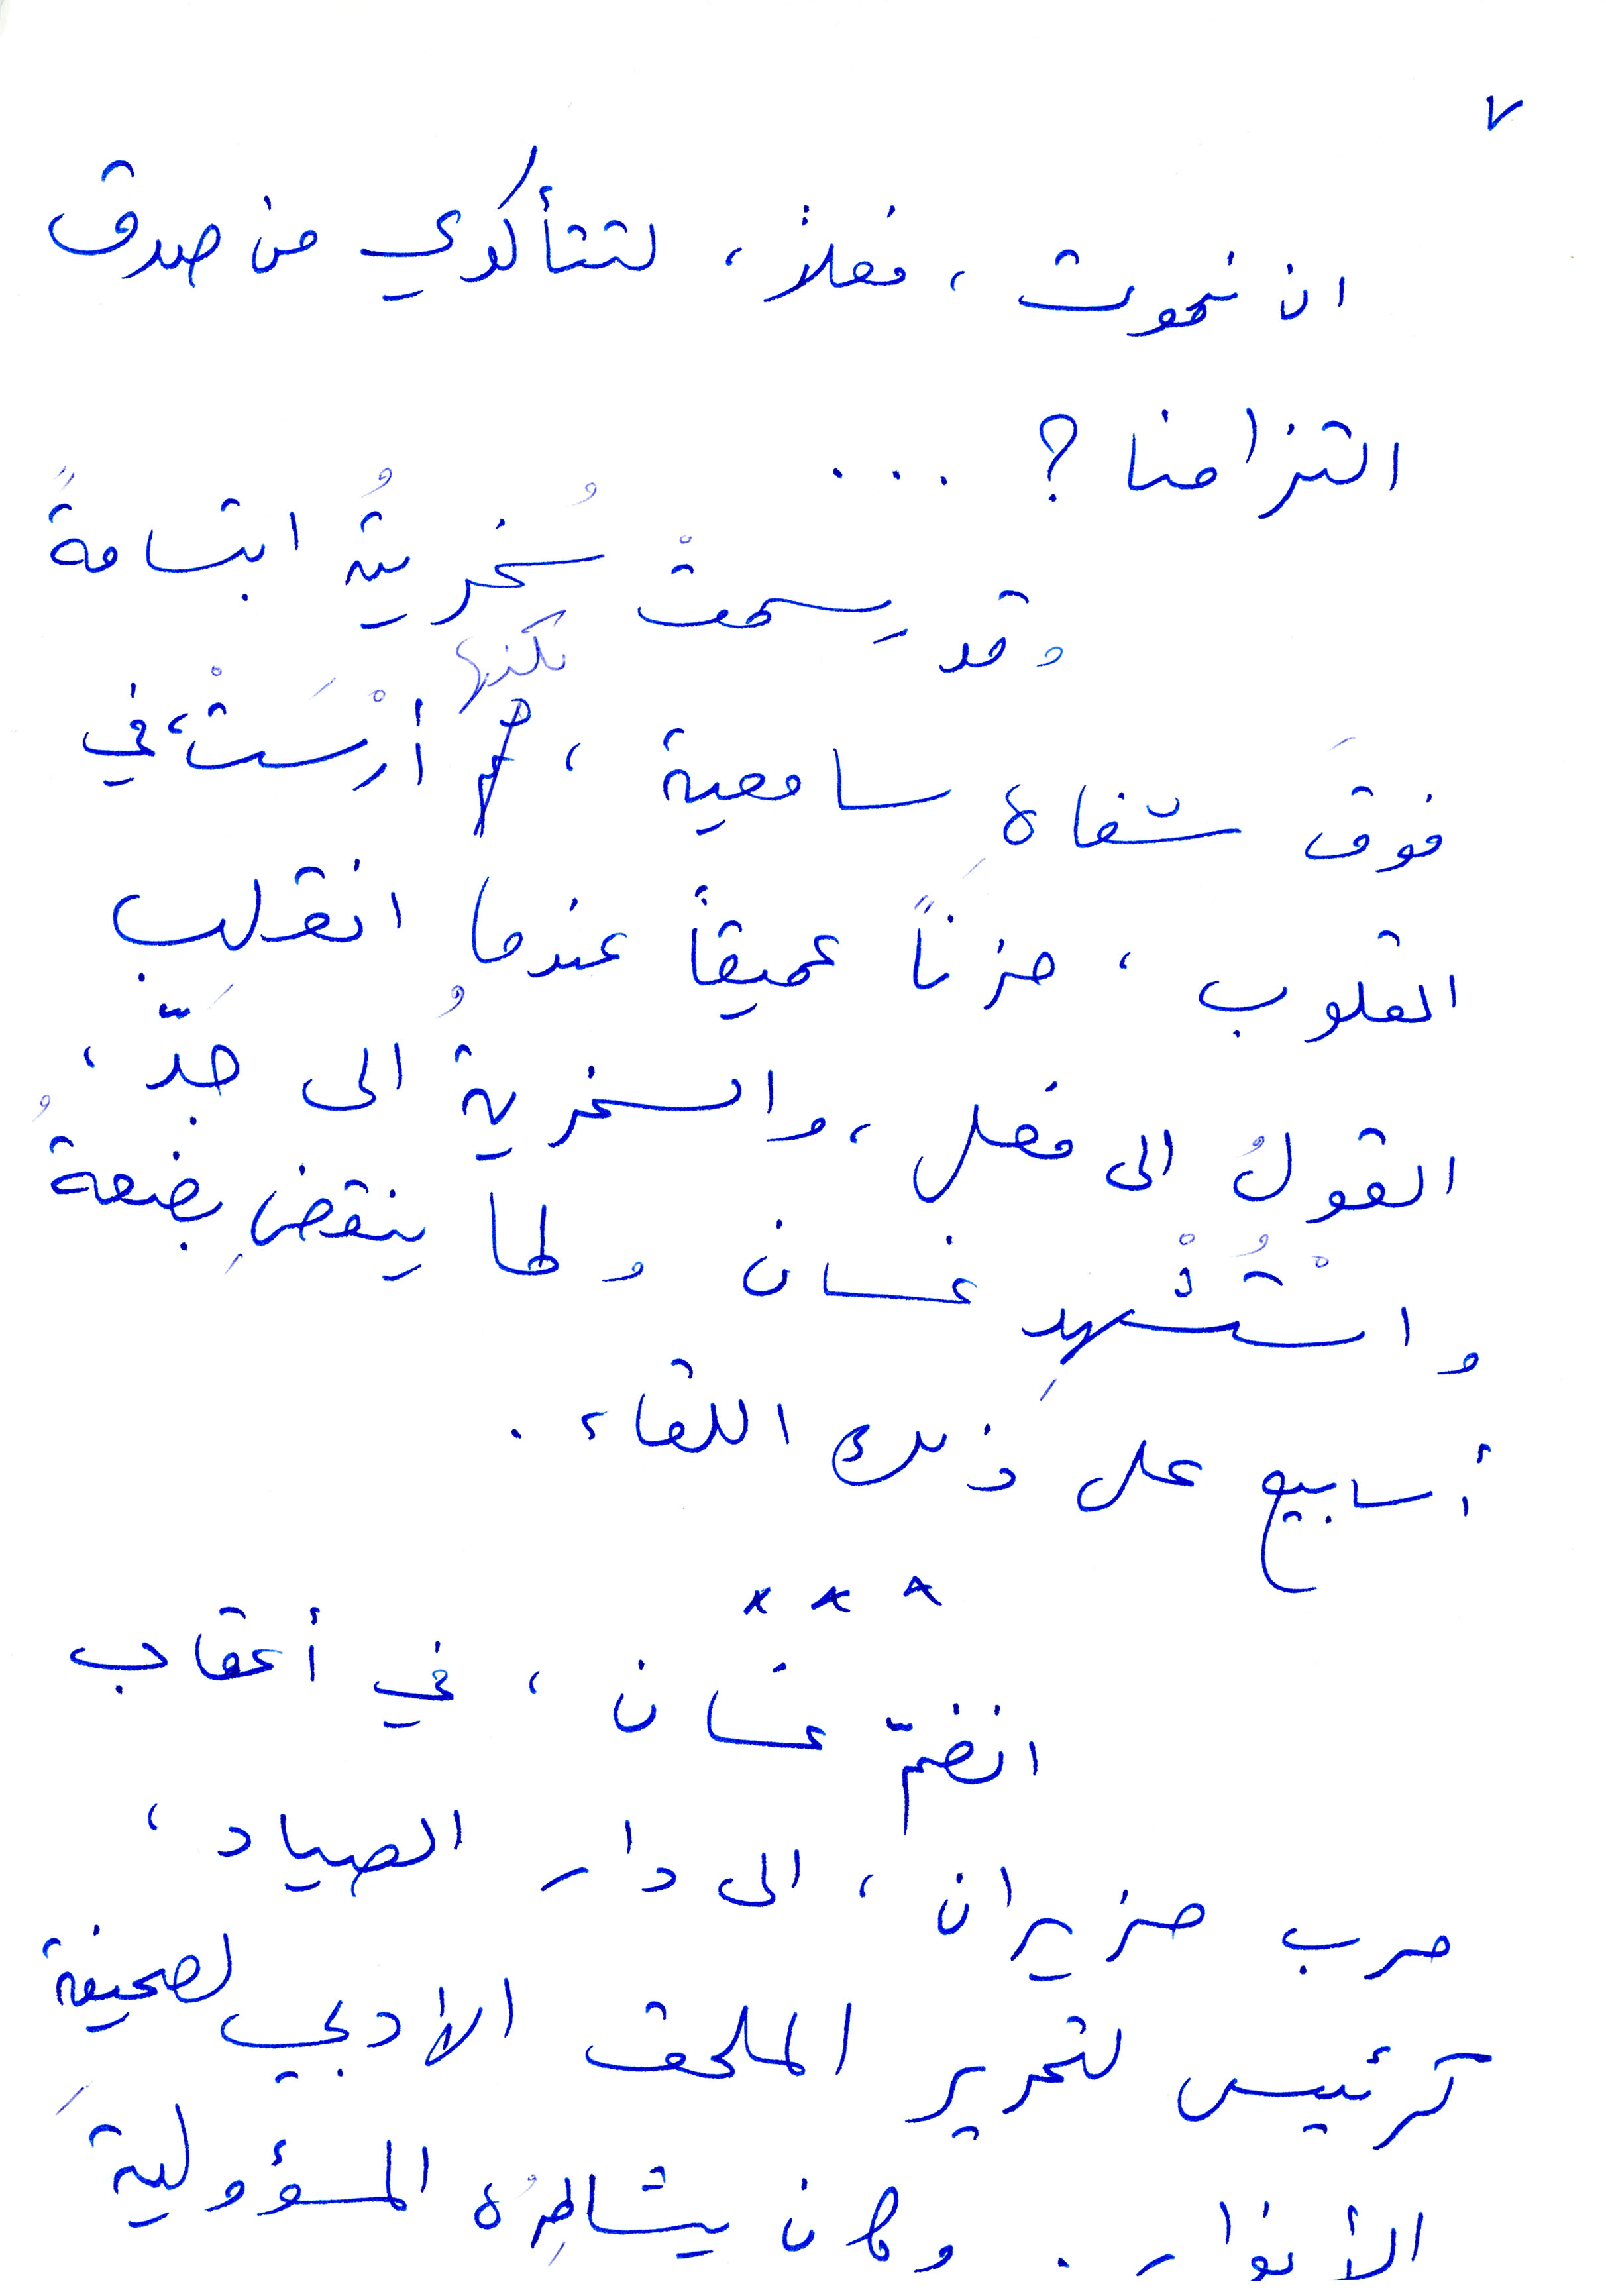
ان نموت، فعلًا، لتتأكدي من صدق
التزامنا؟ ...
وقد رسمت سخريته ابتسامة
فوق شفاه سامعيه لكنها ارست، في
القلوب، حزنًا عميقًا عندما انقلب
القول الى فعل، والسخرية الى جدّ،
واستشهد غسان، ولما ينقضِ بضعة
أسابيع على ذلك اللقاء
انضم غسان، في اعقاب
حرب حزيران، الى دار الصياد،
كرئيس لتحرير الملحق الادبي لصحيفة
الأنوار. وكان يشاطره المسؤولية